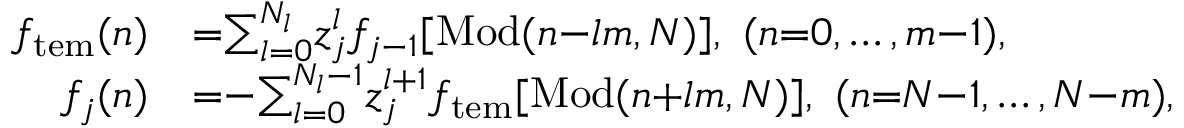
\begin{array} { r l } { f _ { \mathrm { t e m } } ( n ) } & { { = } { \sum _ { l = 0 } ^ { N _ { l } } } z _ { j } ^ { l } f _ { j - 1 } [ \mathrm { M o d } ( n { - } l m , N ) ] , \ ( n { = } 0 , \ldots , m { - } 1 ) , } \\ { f _ { j } ( n ) } & { { = } { - } { \sum _ { l = 0 } ^ { N _ { l } - 1 } } z _ { j } ^ { l { + } 1 } f _ { \mathrm { t e m } } [ \mathrm { M o d } ( n { + } l m , N ) ] , \ ( n { = } N { - } 1 , \ldots , N { - } m ) , } \end{array}